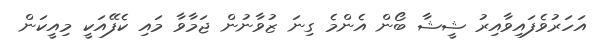
އަހަރުވެފައިވާއިރު ޝީޝާ ބޯން އެންމެ ގިނަ ޒުވާނުން ޖަމާވާ މައި ކެފޭއަކީ މިއީކަން